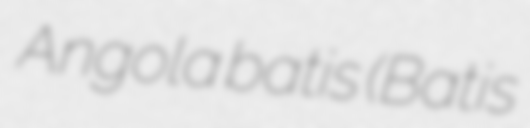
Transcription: Angola batis (Batis